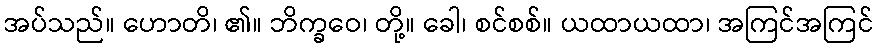
အပ်သည်။ ဟောတိ၊ ၏။ ဘိက္ခဝေ၊ တို့။ ခေါ၊ စင်စစ်။ ယထာယထာ၊ အကြင်အကြင်